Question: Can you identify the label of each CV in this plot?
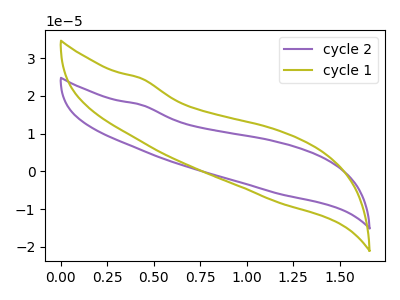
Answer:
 <answer>The purple curve is labeled "cycle 2". The olive curve is labeled "cycle 1".</answer>
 <eval></eval>